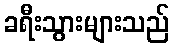
ခရီးသွားများသည်